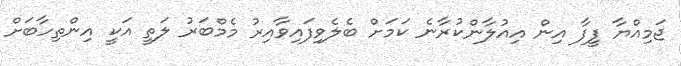
ޖަމިއްޔާ ފީފާ އިން އިއުލާންކުރާނެ ކަމަށް ބެލެވިފައިވާއިރު މެމްބަރު ލަތީ އަކީ އިންތިހާބަށް